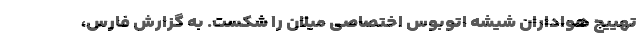
تهییج هواداران شیشه اتوبوس اختصاصی میلان را شکست. به گزارش فارس،